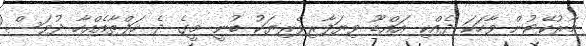
މާރުކޭޓުން ވާހަކަ ދެއްކި އައްޑޫ ވިޔަފާރިވެރިޔަކު ބުނީ މީގެ ދެ ހަފްތާއެއްހާ ދުވަސް